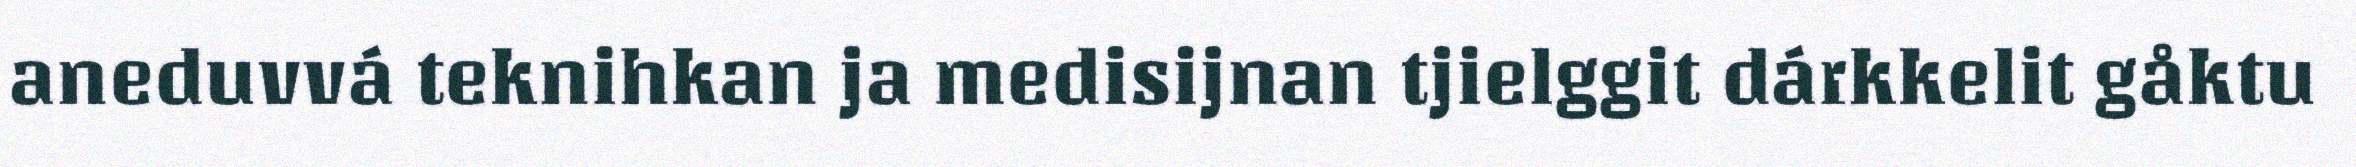
aneduvvá teknihkan ja medisijnan tjielggit dárkkelit gåktu